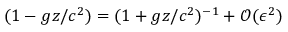
( 1 - g z / c ^ { 2 } ) = ( 1 + g z / c ^ { 2 } ) ^ { - 1 } + \mathcal { O } ( \epsilon ^ { 2 } )